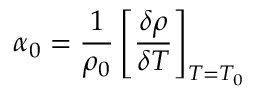
\alpha _ { 0 } = { \frac { 1 } { \rho _ { 0 } } } \left[ { \frac { \delta \rho } { \delta T } } \right] _ { T = T _ { 0 } }